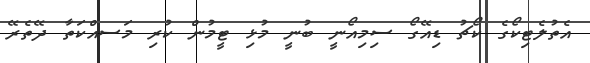
އެތުލެޓިކޯގެ ކޯޗު ޑިއޭގޯ ސިމިއޯނީ ބުނީ މުޅި ޓީމުން ކުރި މަސއްކަތާ ދޭތެރޭ